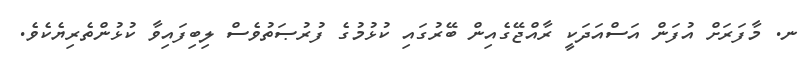
ނ. މާފަރަށް އުފަން އަސްއަދަކީ ރާއްޖޭގެއިން ބޭރުގައި ކުޅުމުގެ ފުރުޞަތުވެސް ލިބިފައިވާ ކުޅުންތެރިޔެކެވެ.